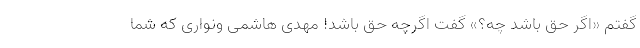
گفتم «اگر حق باشد چه؟» گفت اگرچه حق باشد! مهدی هاشمی ونواری که شما